Vaccination United Provinces of Agra and Oudh 1914-1922 - 1914-1922
Year: 1914
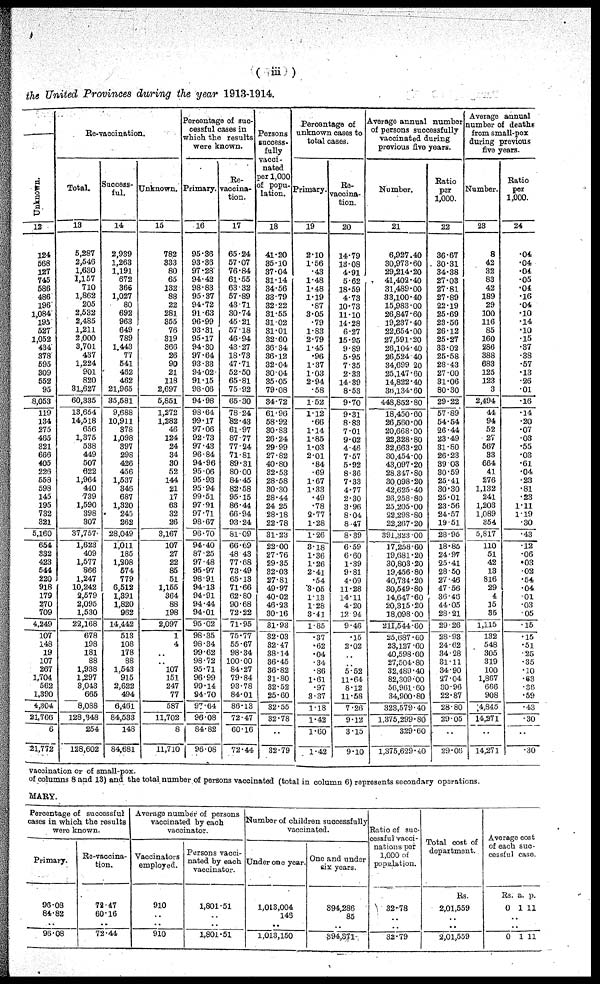
( iii )
the United Provinces during the year 1913-1914.
Unknown.
12
124
568
127
745
586
486
196
1,084
195
527
1,052
434
378
595
309
552
95
8,053
119
134
275
465
321
666
405
226
558
598
145
195
732
321
5,160
654
332
423
544
220
918
179
270
709
4,249
107
148
19
107
267
1,704
562
1,390
4,304
21,766
6
21,772
Re-vaccination.
Total.
13
5,287
2,546
1,630
1,157
710
1,862
205
2,532
2,485
1,211
2,000
3,701
437
1,224
901
820
31,627
60,335
13,654
14,518
656
1,375
538
449
507
622
1,964
440
739
1,590
398
307
37,757
1,623
409
1,577
866
1,247
10,242
2,579
2,095
1,530
22,168
678
198
181
88
1,938
1,297
3,043
665
8,088
128,348
254
128,602
Success-
ful.
14
2,939
1,263
1,191
672
366
1,027
80
692
963
649
789
1,443
77
541
462
462
21,965
35,581
9,688
10,911
378
1,098
397
298
426
456
1,537
346
687
1,320
245
262
28,049
1,011
185
1,208
574
779
6,512
1,391
1,820
962
14,442
513
108
178
88
1,543
915
2,622
494
6,461
84,533
148
84,681
Unknown.
15
782
333
80
65
132
88
22
281
355
76
319
366
26
90
21
118
2,697
5,851
1,272
1,282
46
124
24
34
30
52
144
21
17
63
32
26
3,167
107
27
22
85
51
1,155
364
88
198
2,097
1
4
..
..
107
151
247
77
587
11,702
8
11,710
Percentage of suc-
cessful cases in
which the results
were known.
Primary.
16
95.36
93.36
97.28
94.42
98.83
95.37
94.72
91.63
96.99
93.31
95.17
94.30
97.64
93.33
94.02
91.15
98.06
94.98
98.64
99.17
97.06
92.73
97.43
96.84
94.96
95.06
95.93
95.94
99.51
97.91
97.71
98.67
96.70
94.40
87.25
97.48
95.97
98.91
94.13
94.91
94.44
94.01
95.02
98.35
98.34
99.62
98.72
95.71
96.99
99.14
94.70
97.64
96.08
84.82
96.08
Re-
vaccina-
tion.
17
65.24
57.07
76.84
61.55
63.32
57.89
43.71
30.74
45.21
57.18
46.94
43.27
18.78
47.71
52.50
65.81
75.92
65.30
78.24
82.43
61.97
87.77
77.24
71.81
89.31
80.00
84.45
82.58
95.15
86.44
66.94
93.24
81.09
66.60
48.43
77.68
73.49
65.13
71.66
62.80
90.68
72.22
71.95
75.77
55.67
98.34
100.00
84.27
79.84
93.78
84.01
86.13
72.47
60.16
72.44
Persons
success-
fully
vacci-
nated
per 1,000
of popu-
lation.
18
41.20
85.10
37.04
31.14
34.56
33.79
32.22
31.55
31.02
31.01
32.60
36.34
36.12
32.04
30.04
35.05
79.08
34.72
61.96
58.92
30.83
26.24
29.99
27.82
40.80
32.53
28.58
30.30
28.44
24.25
28.18
22.78
31.23
22.00
27.76
29.35
32.03
27.81
49.97
40.02
46.23
30.16
31.93
32.03
32.47
38.14
36.45
36.82
31.80
32.52
25.60
32.55
32.78
..
32.79
Percentage of
unknown cases to
total cases.
Primary.
19
2.10
1.56
.43
1.48
1.48
1.19
.87
3.05
.79
1.83
2.79
1.45
.96
1.37
1.03
2.94
.58
1.52
1.12
.66
1.14
1.85
1.03
2.01
.84
.69
1.67
1.33
.49
.78
2.77
1.28
1.26
3.18
1.36
1.26
2.41
.54
3.05
1.13
1.28
3.41
1.85
.37
.62
.04
.34
.86
1.61
.97
3.37
1.18
1.42
1.60
1.42
Re-
vaccina-
tion.
20
14.79
13.08
4.91
5.62
18.59
4.73
10.73
11.10
14.28
6.27
15.95
9.89
5.95
7.35
2.33
14.39
8.53
9.70
9.31
8.83
7.01
9.02
4.46
7.57
5.92
8.36
7.33
4.77
2.30
3.96
8.04
8.47
8.39
6.59
6.60
1.39
9.81
4.09
11.28
14.11
4.20
12.94
9.46
.15
2.02
..
..
5.52
11.64
8.12
11.58
7.26
9.12
3.15
9.10
Average annual number
of persons successfully
vaccinated during
previous five years.
Number.
21
6,927.40
30,973.60
29,214.20
41,402.40
31,489.00
33,100.40
15,983.00
26,847.60
19,237.40
22,654.00
27,591.20
26,104.40
26,524.40
34,699.20
25,147.60
14,822.40
36,134.60
448,852.80
18,450.60
26,560.00
20,668.00
22,328.80
32,663.20
30,454.00
43,097.20
28,347.80
30,098.20
42,625.40
26,258.80
25,205.00
22,298.80
22,267.20
391,323.00
17,258.60
19,681.20
30,803.20
19,456.80
40,734.20
30,549.80
14,647.60
20,315.20
18,098.00
211,544.60
25,687.00
23,127.60
40,598.60
27,504.80
32,489.40
82,309.00
56,961.60
34,900.80
323,579.40
1,375,299.80
329.60
1,375,629.40
Ratio
per
1,000.
22
36.67
30.31
34.38
27.03
27.81
27.89
22.19
25.69
23.56
26.12
25.27
83.02
25.58
28.43
27.00
31.06
80.30
29.22
57.89
54.64
26.44
23.49
31.80
26.23
39.03
30.59
25.41
30.30
25.01
23.56
24.57
19.51
28.95
18.85
24.97
25.41
28.50
27.46
47.56
36.46
44.05
28.21
29.26
20.93
24.62
34.28
31.11
34.90
27.04
30.96
22.87
28.80
29.05
..
29.06
Average annual
number of deaths
from small-pox
during previous
five years.
Number.
23
8
42
32
83
42
189
29
100
116
85
160
286
388
683
125
123
3
2,494
44
94
52
27
567
83
664
41
276
1,132
241
1,203
1,089
354
5,817
110
51
42
13
816
29
4
15
35
1,115
132
548
305
319
100
1,867
666
908
4,845
14,271
..
14,271
Ratio
per
1,000.
24
.04
.04
.04
.05
.04
.16
.04
.10
.14
.10
.15
.37
.38
.57
.13
.26
.01
.16
.14
.20
.07
.03
.55
.03
.61
.04
.23
.81
.23
1.11
1.19
.30
.43
.12
.06
.03
.02
.54
.04
.01
.03
.05
.15
.15
.51
.25
.35
.10
.63
.36
.59
.43
.30
..
.30
vaccination or of small-pox.
of columns 8 and 13) and the total number of persons vaccinated (total in column 6) represents secondary operations.
MARY.
Percentage of successful
cases in which the results
were known.
Primary.
96.08
84.82
..
96.08
Re-vaccina-
tion.
78.47
60.16
..
72.44
Average number of persons
vaccinated by each
vaccinator.
Vaccinators
employed.
910
..
..
910
Persons vacci-
nated by each
vaccinator.
1,801.51
..
..
1,801.51
Number of children successfully
vaccinated.
Under one year.
1,013,004
148
..
1,013,150
One and under
six years.
394,286
85
..
394,371
Ratio of suc-
cessful vacci-
nations per
1,000 of
population.
32.78
..
..
32.79
Total cost of
department.
Rs.
2,01,559
..
..
2,01,559
Average cost
of each suc-
cessful case.
Rs.
0
a.
1
p.
11
..
..
0 1 11